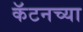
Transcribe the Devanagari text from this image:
कॅटनच्या